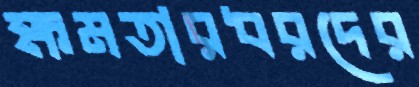
ক্ষমতারধরদের